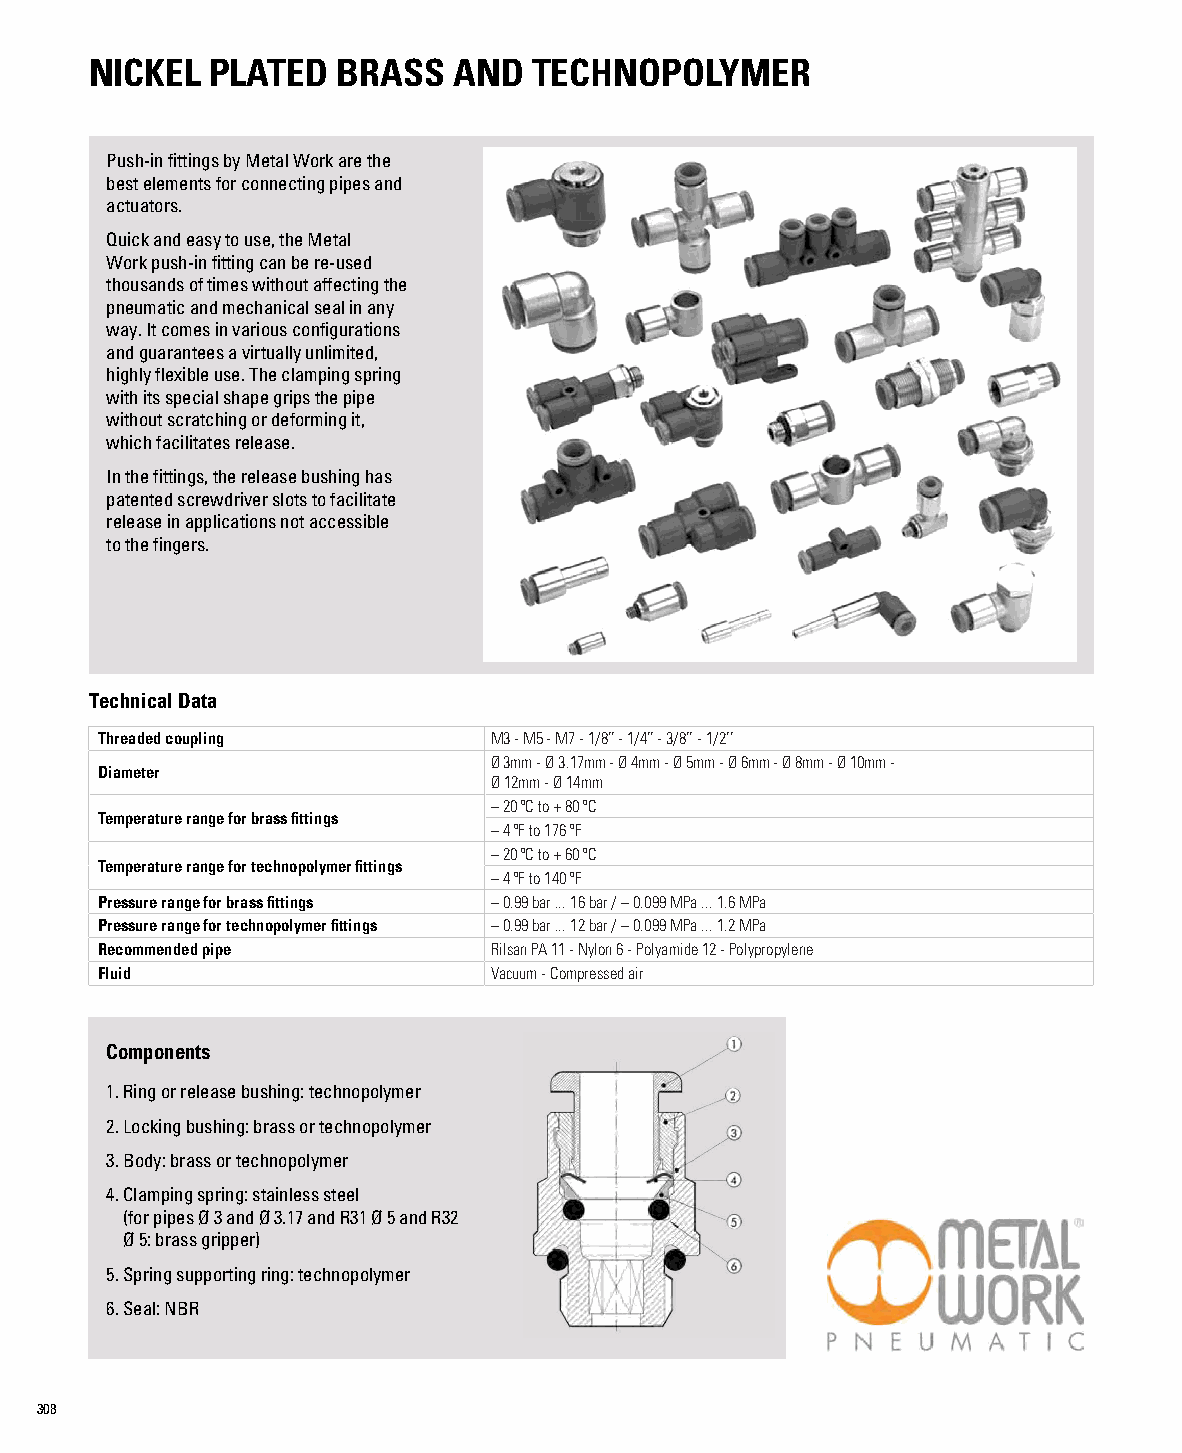
NICKEL  PLATED  BRASS   AND  TECHNOPOLYMER
 Push-in fittings by Metal Work are the
 best elements for connecting pipes and
 actuators.
 Quick and easy to use, the Metal
 Work push-in fitting can be re-used
 thousands of times without affecting the
 pneumatic and mechanical seal in any
 way. It comes in various configurations
 and guarantees a virtually unlimited,
 highly flexible use. The clamping spring
 with its special shape grips the pipe
 without scratching or deforming it,
 which facilitates release.
 In the fittings, the release bushing has
 patented screwdriver slots to facilitate
 release in applications not accessible
 to the fingers.
 Technical Data
 Threaded coupling         M3 - M5 - M7 - 1/8’’ - 1/4’’ - 3/8’’ - 1/2’’
 Ø 3mm - Ø 3.17mm - Ø 4mm - Ø 5mm - Ø 6mm - Ø 8mm - Ø 10mm -
 Diameter
 Ø 12mm - Ø 14mm
 – 20 ºC to + 80 ºC
 Temperature range for brass fittings
 – 4 ºF to 176 ºF
 – 20 ºC to + 60 ºC
 Temperature range for technopolymer fittings
 – 4 ºF to 140 ºF
 Pressure range for brass fittings – 0.99 bar ... 16 bar / – 0.099 MPa ... 1.6 MPa
 Pressure range for technopolymer fittings – 0.99 bar ... 12 bar / – 0.099 MPa ... 1.2 MPa
 Recommended pipe          Rilsan PA 11 - Nylon 6 - Polyamide 12 - Polypropylene
 Fluid                     Vacuum - Compressed air
 Components
 1. Ring or release bushing: technopolymer
 2. Locking bushing: brass or technopolymer
 3. Body: brass or technopolymer
 4. Clamping spring: stainless steel
 (for pipes Ø 3 and Ø 3.17 and R31 Ø 5 and R32
 Ø 5: brass gripper)
 5. Spring supporting ring: technopolymer
 6. Seal: NBR
 308